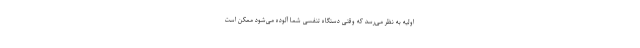
اولیه به نظر می‌رسد که وقتی دستگاه تنفسی شما آلوده می‌شود ممکن است